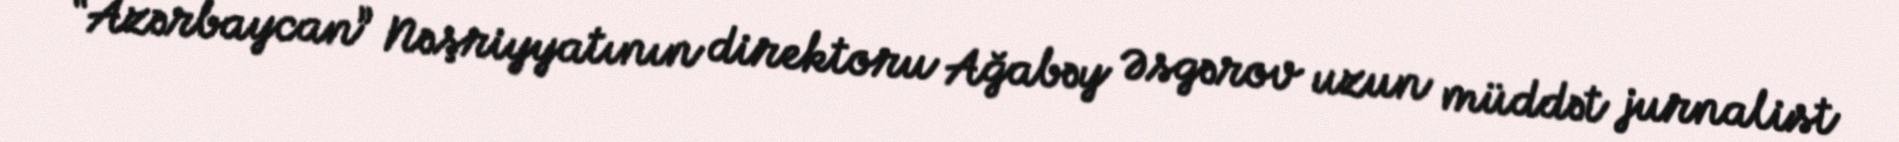
“Azərbaycan” Nəşriyyatının direktoru Ağabəy Əsgərov uzun müddət jurnalist